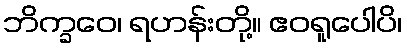
ဘိက္ခဝေ၊ ရဟန်းတို့။ ဧဝရူပေါပိ၊